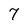
Character: 7